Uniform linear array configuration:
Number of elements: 64
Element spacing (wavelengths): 0.75
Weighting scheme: blackman
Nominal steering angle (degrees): -15
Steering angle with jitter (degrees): -13.507
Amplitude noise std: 0.05
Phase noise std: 0.05

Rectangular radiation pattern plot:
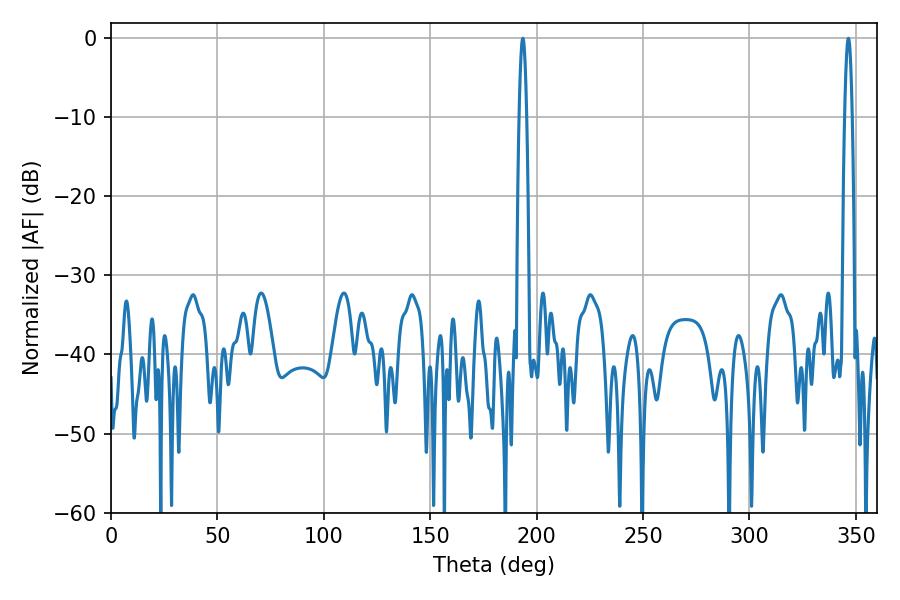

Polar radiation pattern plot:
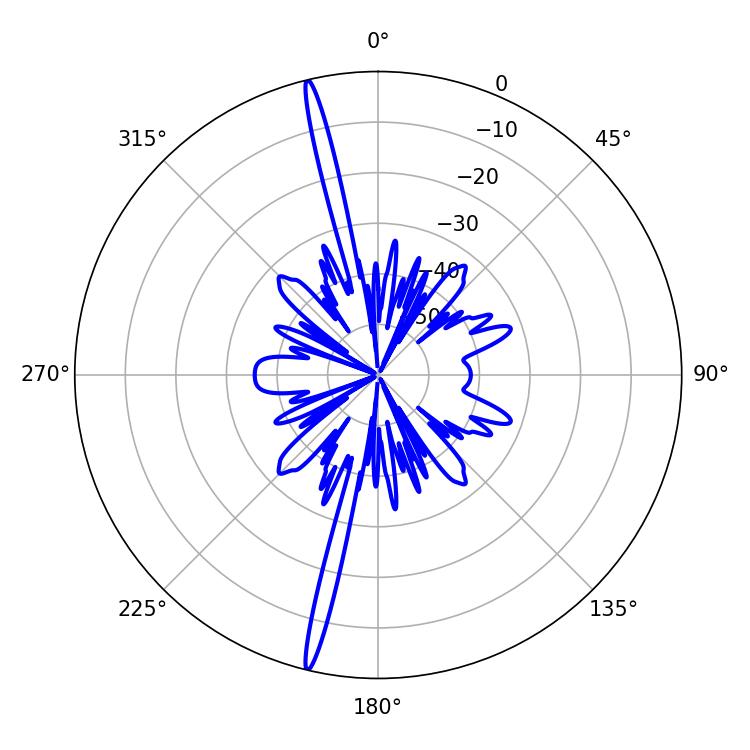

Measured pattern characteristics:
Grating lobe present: TRUE
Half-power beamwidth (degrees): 1.8
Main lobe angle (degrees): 193.5